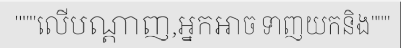
"""លើបណ្តាញ,អ្នកអាច ទាញយកនិង"""